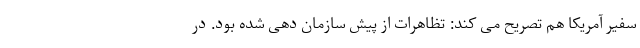
سفیر آمریکا هم تصریح می کند: تظاهرات از پیش سازمان دهی شده بود. در